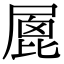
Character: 𡲮